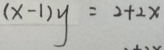
( x - 1 ) y = 2 + 2 x